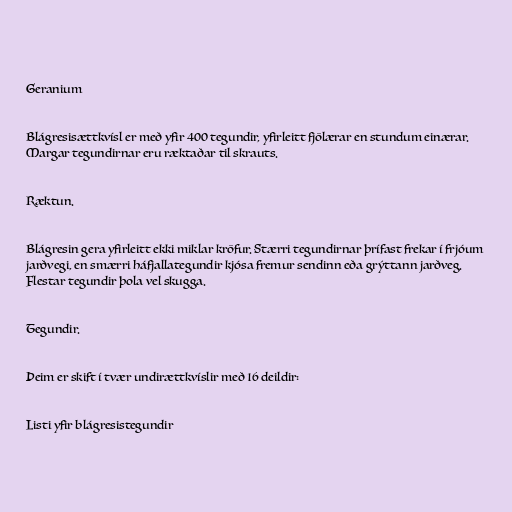
Geranium

Blágresisættkvísl er með yfir 400 tegundir, yfirleitt fjölærar en stundum einærar.
Margar tegundirnar eru ræktaðar til skrauts.

Ræktun.

Blágresin gera yfirleitt ekki miklar kröfur. Stærri tegundirnar þrífast frekar í frjóum
jarðvegi, en smærri háfjallategundir kjósa fremur sendinn eða grýttann jarðveg.
Flestar tegundir þola vel skugga.

Tegundir.

Þeim er skift í tvær undirættkvíslir með 16 deildir:

Listi yfir blágresistegundir